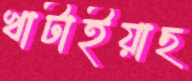
খাটাইয়াছ